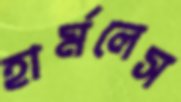
হার্মলেস